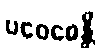
ပဝေဓေန္တိ